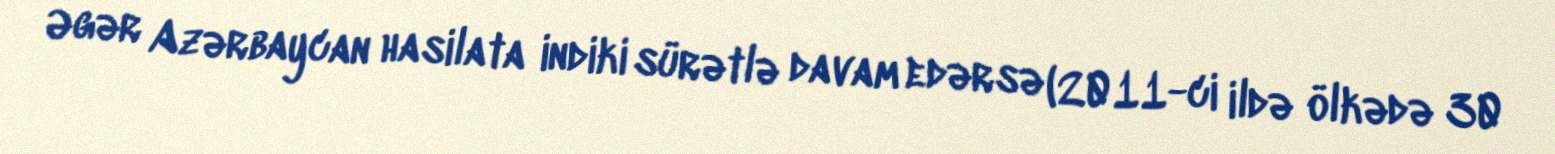
Əgər Azərbaycan hasilata indiki sürətlə davam edərsə (2011-ci ildə ölkədə 30